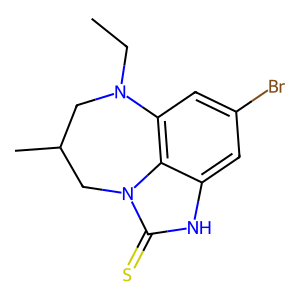
SMILES: CCN1CC(C)Cn2c(=S)[nH]c3cc(Br)cc1c32
Inhibits HIV replication: Yes